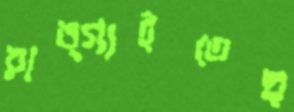
রাঙ্গাইতেছ